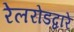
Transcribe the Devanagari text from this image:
रेलरोडद्वारे